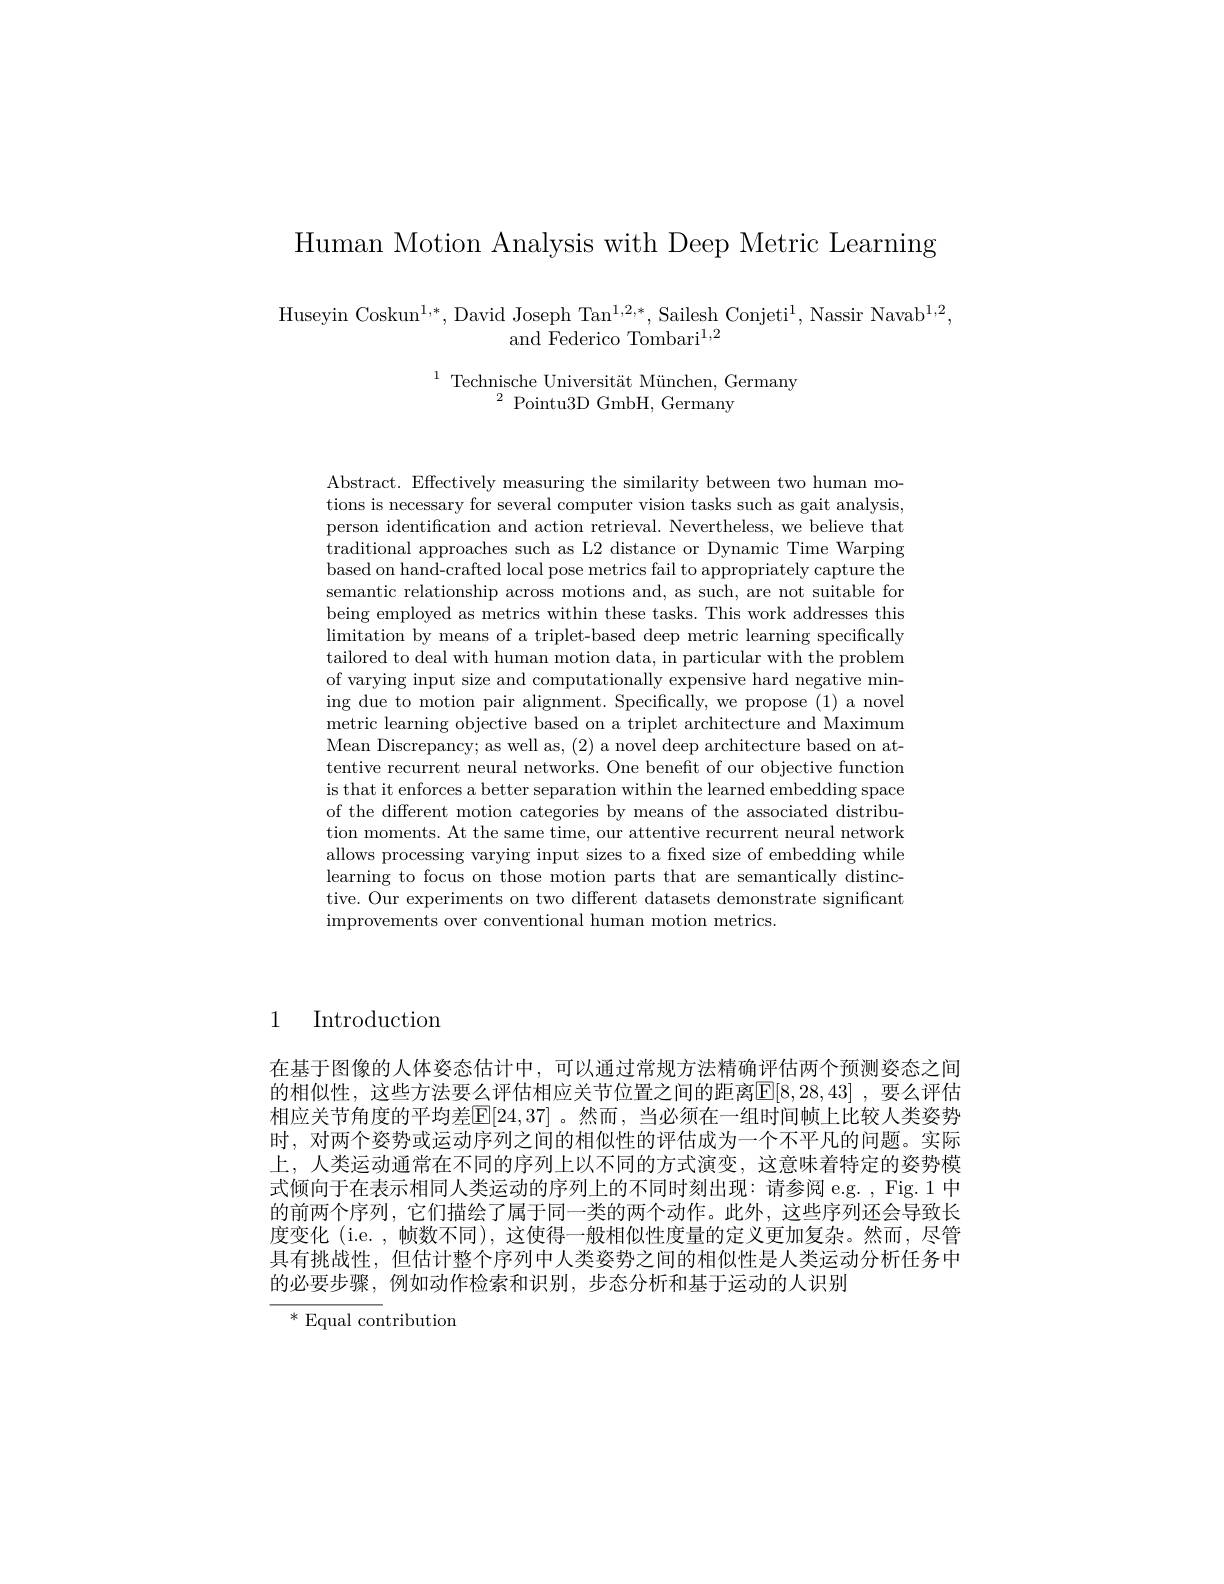
Human Motion Analysis with Deep Metric Learning

Huseyin Coskun$^1,*$,David Joseph Tan$^1,2,*$, Sailesh Conjeti$^1$, Nassir Navab$^1,2$,
and Federico Tombari$^1,2$

$^{1}\text{Technische Universit\"{a} t M\"{u} nchen, Germany}$

Abstract. Effectively measuring the similarity between two human motions is necessary for several computer vision tasks such as gait analysis, person identification and action retrieval. Nevertheless, we believe that traditional approaches such as L2 distance or Dynamic Time Warping based on hand-crafted local pose metrics fail to appropriately capture the semantic relationship across motions and, as such, are not suitable for being employed as metrics within these tasks. This work addresses this $\operatorname*{limitation}$ by means of a triplet-based deep metric learning specifically tailored to deal with human motion data, in particular with the problem of varying input size and computationally expensive hard negative mining due to motion pair alignment. Specifically, we propose (1) a novel metric learning objective based on a triplet architecture and Maximum Mean Discrepancy; as well as, (2) a novel deep architecture based on attentive recurrent neural networks. One benefit of our objective function is that it enforces a better separation within the learned embedding space of the different motion categories by means of the associated distribution moments. At the same time, our attentive recurrent neural network allows processing varying input sizes to a fixed size of embedding while learning to focus on those motion parts that are semantically distinctive. Our experiments on two different datasets demonstrate significant improvements over conventional human motion metrics.

Introduction

1

在基于图像的人体姿态估计中，可以通过常规方法精确评估两个预测姿态之间的相似性，这些方法要么评估相应关节位置之间的距离E[8,28,43] ,要么评估相应关节角度的平均差[E|24,37| 。然而 ,当必须在一组时间帧上比较人类姿势时，对两个姿势或运动序列之间的相似性的评估成为一个不平凡的问题。实际上，人类运动通常在不同的序列上以不同的方式演变，这意味着特定的姿势模式倾向于在表示相同人类运动的序列上的不同时刻出现：请参阅 e.g. , Fig.1 中的前两个序列，它们描绘了属于同一类的两个动作。此外，这些序列还会导致长度变化 (i.e. , 帧数不同), 这使得一般相似性度量的定义更加复杂。然而，尽管具有挑战性，但估计整个序列中人类姿势之间的相似性是人类运动分析任务中的必要步骤，例如动作检索和识别，步态分析和基于运动的人识别

$^*$ Equal contribution